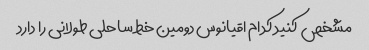
مشخص کنید کدام اقیانوس دومین خط ساحلی طولانی را دارد